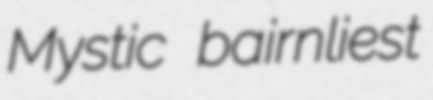
Mystic bairnliest